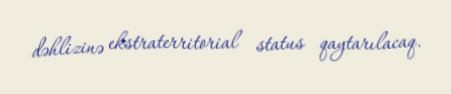
dəhlizinə ekstraterritorial status qaytarılacaq.